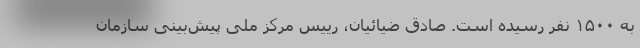
به ۱۵۰۰ نفر رسیده است. صادق ضیائیان، رییس مرکز ملی پیش‌بینی سازمان